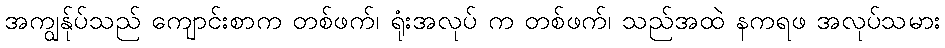
အကျွန်ုပ်သည် ကျောင်းစာက တစ်ဖက်၊ ရုံးအလုပ် က တစ်ဖက်၊ သည်အထဲ နကရဖ အလုပ်သမား